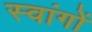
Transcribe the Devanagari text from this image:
स्वांगों